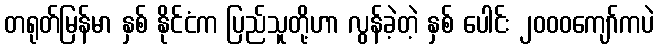
တရုတ်မြန်မာ နှစ် နိုင်ငံက ပြည်သူတို့ဟာ လွန်ခဲ့တဲ့ နှစ် ပေါင်း ၂၀၀၀ကျော်ကပဲ